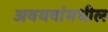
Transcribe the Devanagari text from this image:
अवयवांमधील